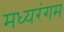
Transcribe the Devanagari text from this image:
मध्यरंगम